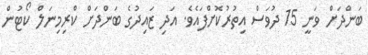
ބަންދަށް ވަނީ 15 ދުވަސް އިތުރުކޮށްފައެވެ. އަދި ޒައިދުގެ ބަންދަށް ކްރިމިނަލް ކޯޓުން